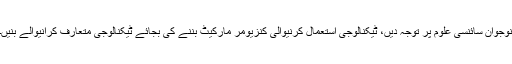
نوجوان سائنسی علوم پر توجہ دیں، ٹیکنالوجی استعمال کرنیوالی کنزیومر مارکیٹ بننے کی بجائے ٹیکنالوجی متعارف کرانیوالے بنیں۔